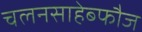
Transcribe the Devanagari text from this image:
चलनसाहेब्फौज